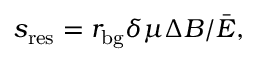
s _ { \mathrm { r e s } } = r _ { \mathrm { b g } } \delta \mu \Delta B / \bar { E } ,